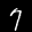
Label: 7